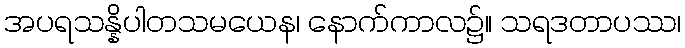
အပရသန္နိပါတသမယေန၊ နောက်ကာလ၌။ သရဒတာပဿ၊